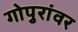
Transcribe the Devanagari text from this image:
गोपुरांवर